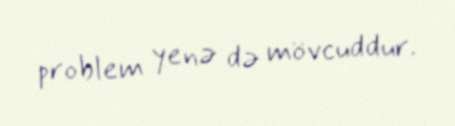
problem yenə də mövcuddur.